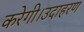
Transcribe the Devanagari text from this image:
करेगी।उदाहरण